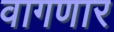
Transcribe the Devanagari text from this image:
वागणार